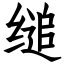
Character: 缒